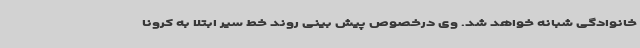
خانوادگی شبانه خواهد شد. وی درخصوص پیش بینی روند خط سیر ابتلا به کرونا